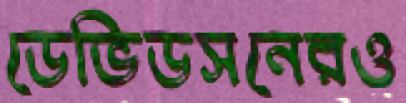
ডেভিডসনেরও